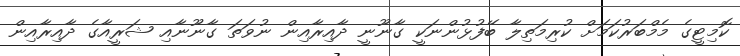
ކޮމިޓީގެ މެމްބަރުކަމަށް ކުރިމަތިލާ ބޭފުޅުންނަކީ ގާނޫނީ ދާއިރާއިން ނުވަތަ ގާނޫނާއި ޝަރީއާގެ ދާއިރާއިން